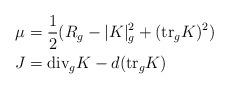
LaTeX: \begin{align*}\mu &= \frac{1}{2}(R_g - |K|^2_g + (\textup{tr}_g K)^2)\\J &= \textup{div}_g K - d(\textup{tr}_g K)\end{align*}